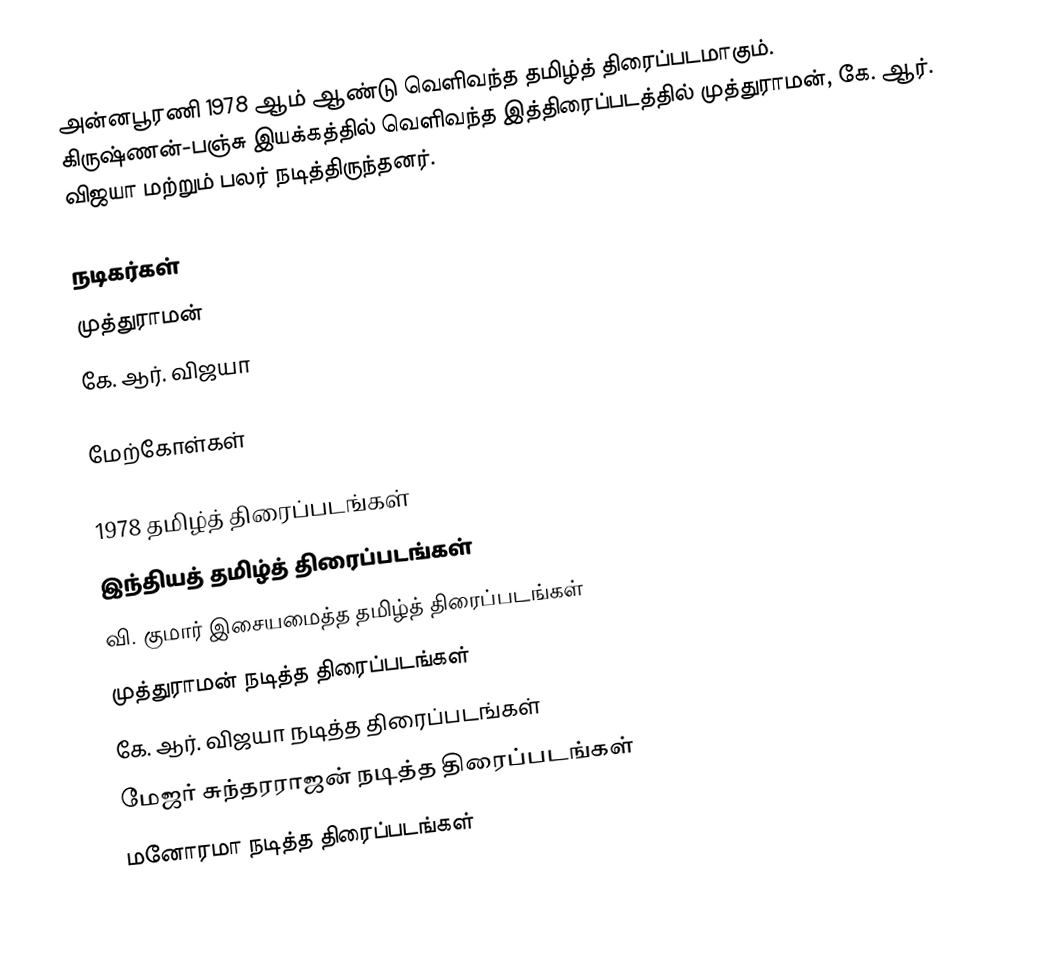
அன்னபூரணி 1978 ஆம் ஆண்டு வெளிவந்த தமிழ்த் திரைப்படமாகும். கிருஷ்ணன்-பஞ்சு இயக்கத்தில் வெளிவந்த இத்திரைப்படத்தில் முத்துராமன், கே. ஆர். விஜயா மற்றும் பலர் நடித்திருந்தனர்.

நடிகர்கள்
 முத்துராமன்
 கே. ஆர். விஜயா

மேற்கோள்கள்

1978 தமிழ்த் திரைப்படங்கள்
இந்தியத் தமிழ்த் திரைப்படங்கள்
வி. குமார் இசையமைத்த தமிழ்த் திரைப்படங்கள்
முத்துராமன் நடித்த திரைப்படங்கள்
கே. ஆர். விஜயா நடித்த திரைப்படங்கள்
மேஜர் சுந்தரராஜன் நடித்த திரைப்படங்கள்
மனோரமா நடித்த திரைப்படங்கள்